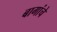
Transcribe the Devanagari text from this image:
बागांचे